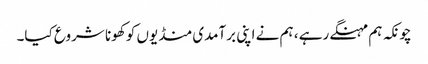
چونکہ ہم مہنگے رہے ، ہم نے اپنی برآمدی منڈیوں کو کھونا شروع کیا۔